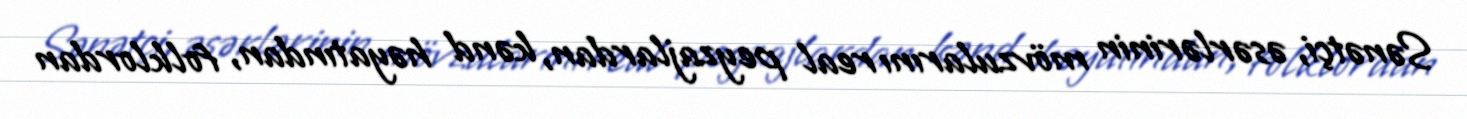
Sənətçi, əsərlərinin mövzularını real peyzajlardan, kənd həyatından, folklordan